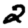
Digit: 2